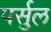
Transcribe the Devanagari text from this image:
पर्सुल